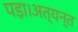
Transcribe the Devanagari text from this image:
पड़ा।अत्यन्त